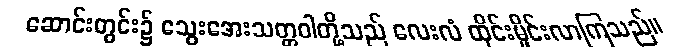
ဆောင်းတွင်း၌ သွေးအေးသတ္တဝါတို့သည် လေးလံ ထိုင်းမှိုင်းလာကြသည်။